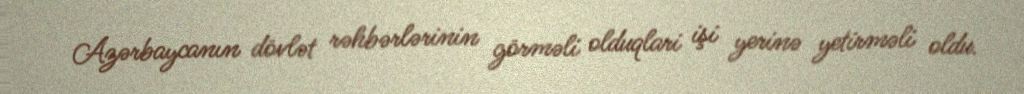
Azərbaycanın dövlət rəhbərlərinin görməli olduqlari işi yerinə yetirməli oldu.